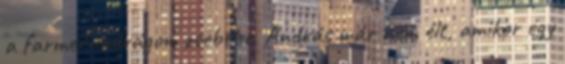
a farmernadrágom zsebébe. András már nem élt, amikor egy